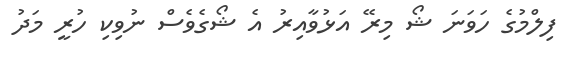
ފިލްމުގެ ހަވަނަ ޝޯ މިރޭ އަޅުވާއިރު އެ ޝޯގެވެސް ނުވިކި ހުރީ މަދު